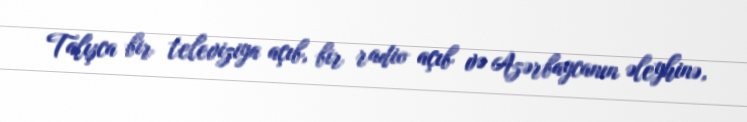
Talışca bir televiziya açıb, bir radio açıb və Azərbaycanın əleyhinə,